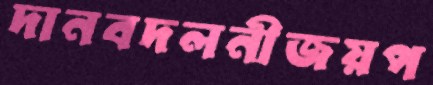
দানবদলনীজয়প